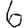
Digit: 6